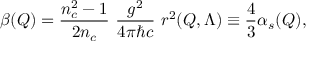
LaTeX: \beta ( Q ) = { \frac { n _ { c } ^ { 2 } - 1 } { 2 n _ { c } } } \ { \frac { g ^ { 2 } } { 4 \pi \hbar c } } \ r ^ { 2 } ( Q , \Lambda ) \equiv { \frac { 4 } { 3 } } \alpha _ { s } ( Q ) ,